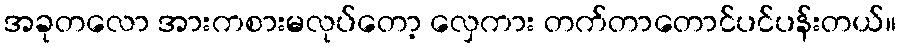
အခုတလော အားကစားမလုပ်တော့ လှေကား တက်တာတောင်ပင်ပန်းတယ်။